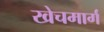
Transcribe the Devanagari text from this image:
खेचमार्ग